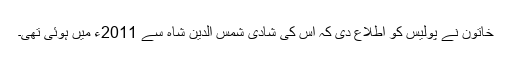
خاتون نے پولیس کو اطلاع دی کہ اس کی شادی شمس الدین شاہ سے 2011ء میں ہوئی تھی۔